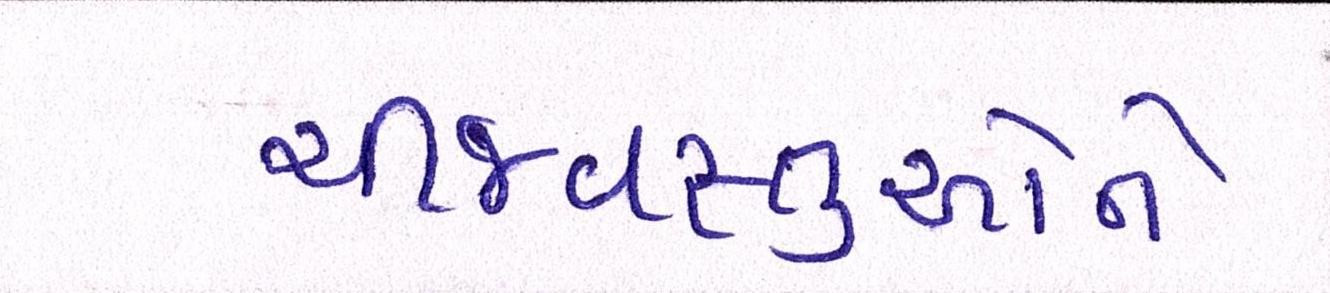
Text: ચીજવસ્તુઓને